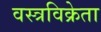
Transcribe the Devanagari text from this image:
वस्त्रविक्रेता